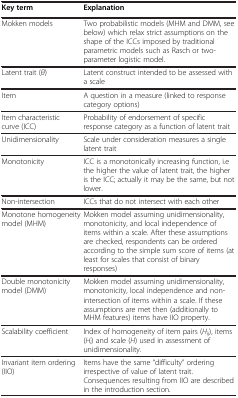
| Key term | Explanation |
 | --- | --- |
 | Mokken models | Two probabilistic models (MHM and DMM, see below) which relax strict assumptions on the shape of the ICCs imposed by traditional parametric models such as Rasch or two-parameter logistic model. |
 | Latent trait (θ) | Latent construct intended to be assessed with a scale |
 | Item | A question in a measure (linked to response category options) |
 | Item characteristic curve (ICC) | Probability of endorsement of specific response category as a function of latent trait |
 | Unidimensionality | Scale under consideration measures a single latent trait |
 | Monotonicity | ICC is a monotonically increasing function, i.e the higher the value of latent trait, the higher is the ICC; actually it may be the same, but not lower. |
 | Non-intersection | ICCs that do not intersect with each other |
 | Monotone homogeneity model (MHM) | Mokken model assuming unidimensionality, monotonicity, and local independence of items within a scale. After these assumptions are checked, respondents can be ordered according to the simple sum score of items (at least for scales that consist of binary responses) |
 | Double monotonicity model (DMM) | Mokken model assuming unidimensionality, monotonicity, local independence and non-intersection of items within a scale. If these assumptions are met then (additionally to MHM features) items have IIO property. |
 | Scalability coefficient | Index of homogeneity of item pairs (Hij), items (Hi) and scale (H) used in assessment of unidimensionality. |
 | Invariant item ordering (IIO) | Items have the same “difficulty” ordering irrespective of value of latent trait. Consequences resulting from IIO are described in the introduction section. |